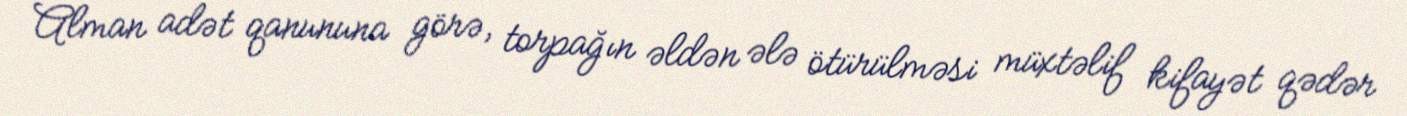
Alman adət qanununa görə, torpağın əldən ələ ötürülməsi müxtəlif kifayət qədər